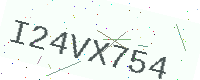
Text: I24VX754